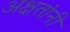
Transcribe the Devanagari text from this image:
अक्षतांनी